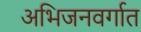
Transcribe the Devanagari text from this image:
अभिजनवर्गात